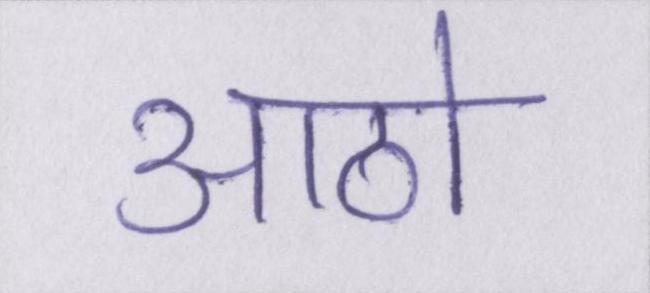
आठो